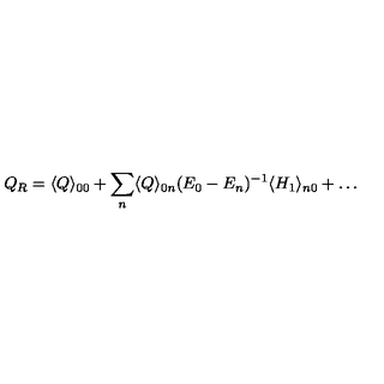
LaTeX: Q _ { R } = \langle Q \rangle _ { 0 0 } + \sum _ { n } \langle Q \rangle _ { 0 n } ( E _ { 0 } - E _ { n } ) ^ { - 1 } \langle H _ { 1 } \rangle _ { n 0 } + \dots